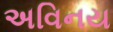
અવિનય